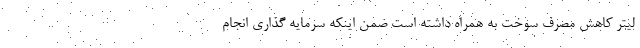
لیتر کاهش مصرف سوخت به همراه داشته است ضمن اینکه سرمایه گذاری انجام